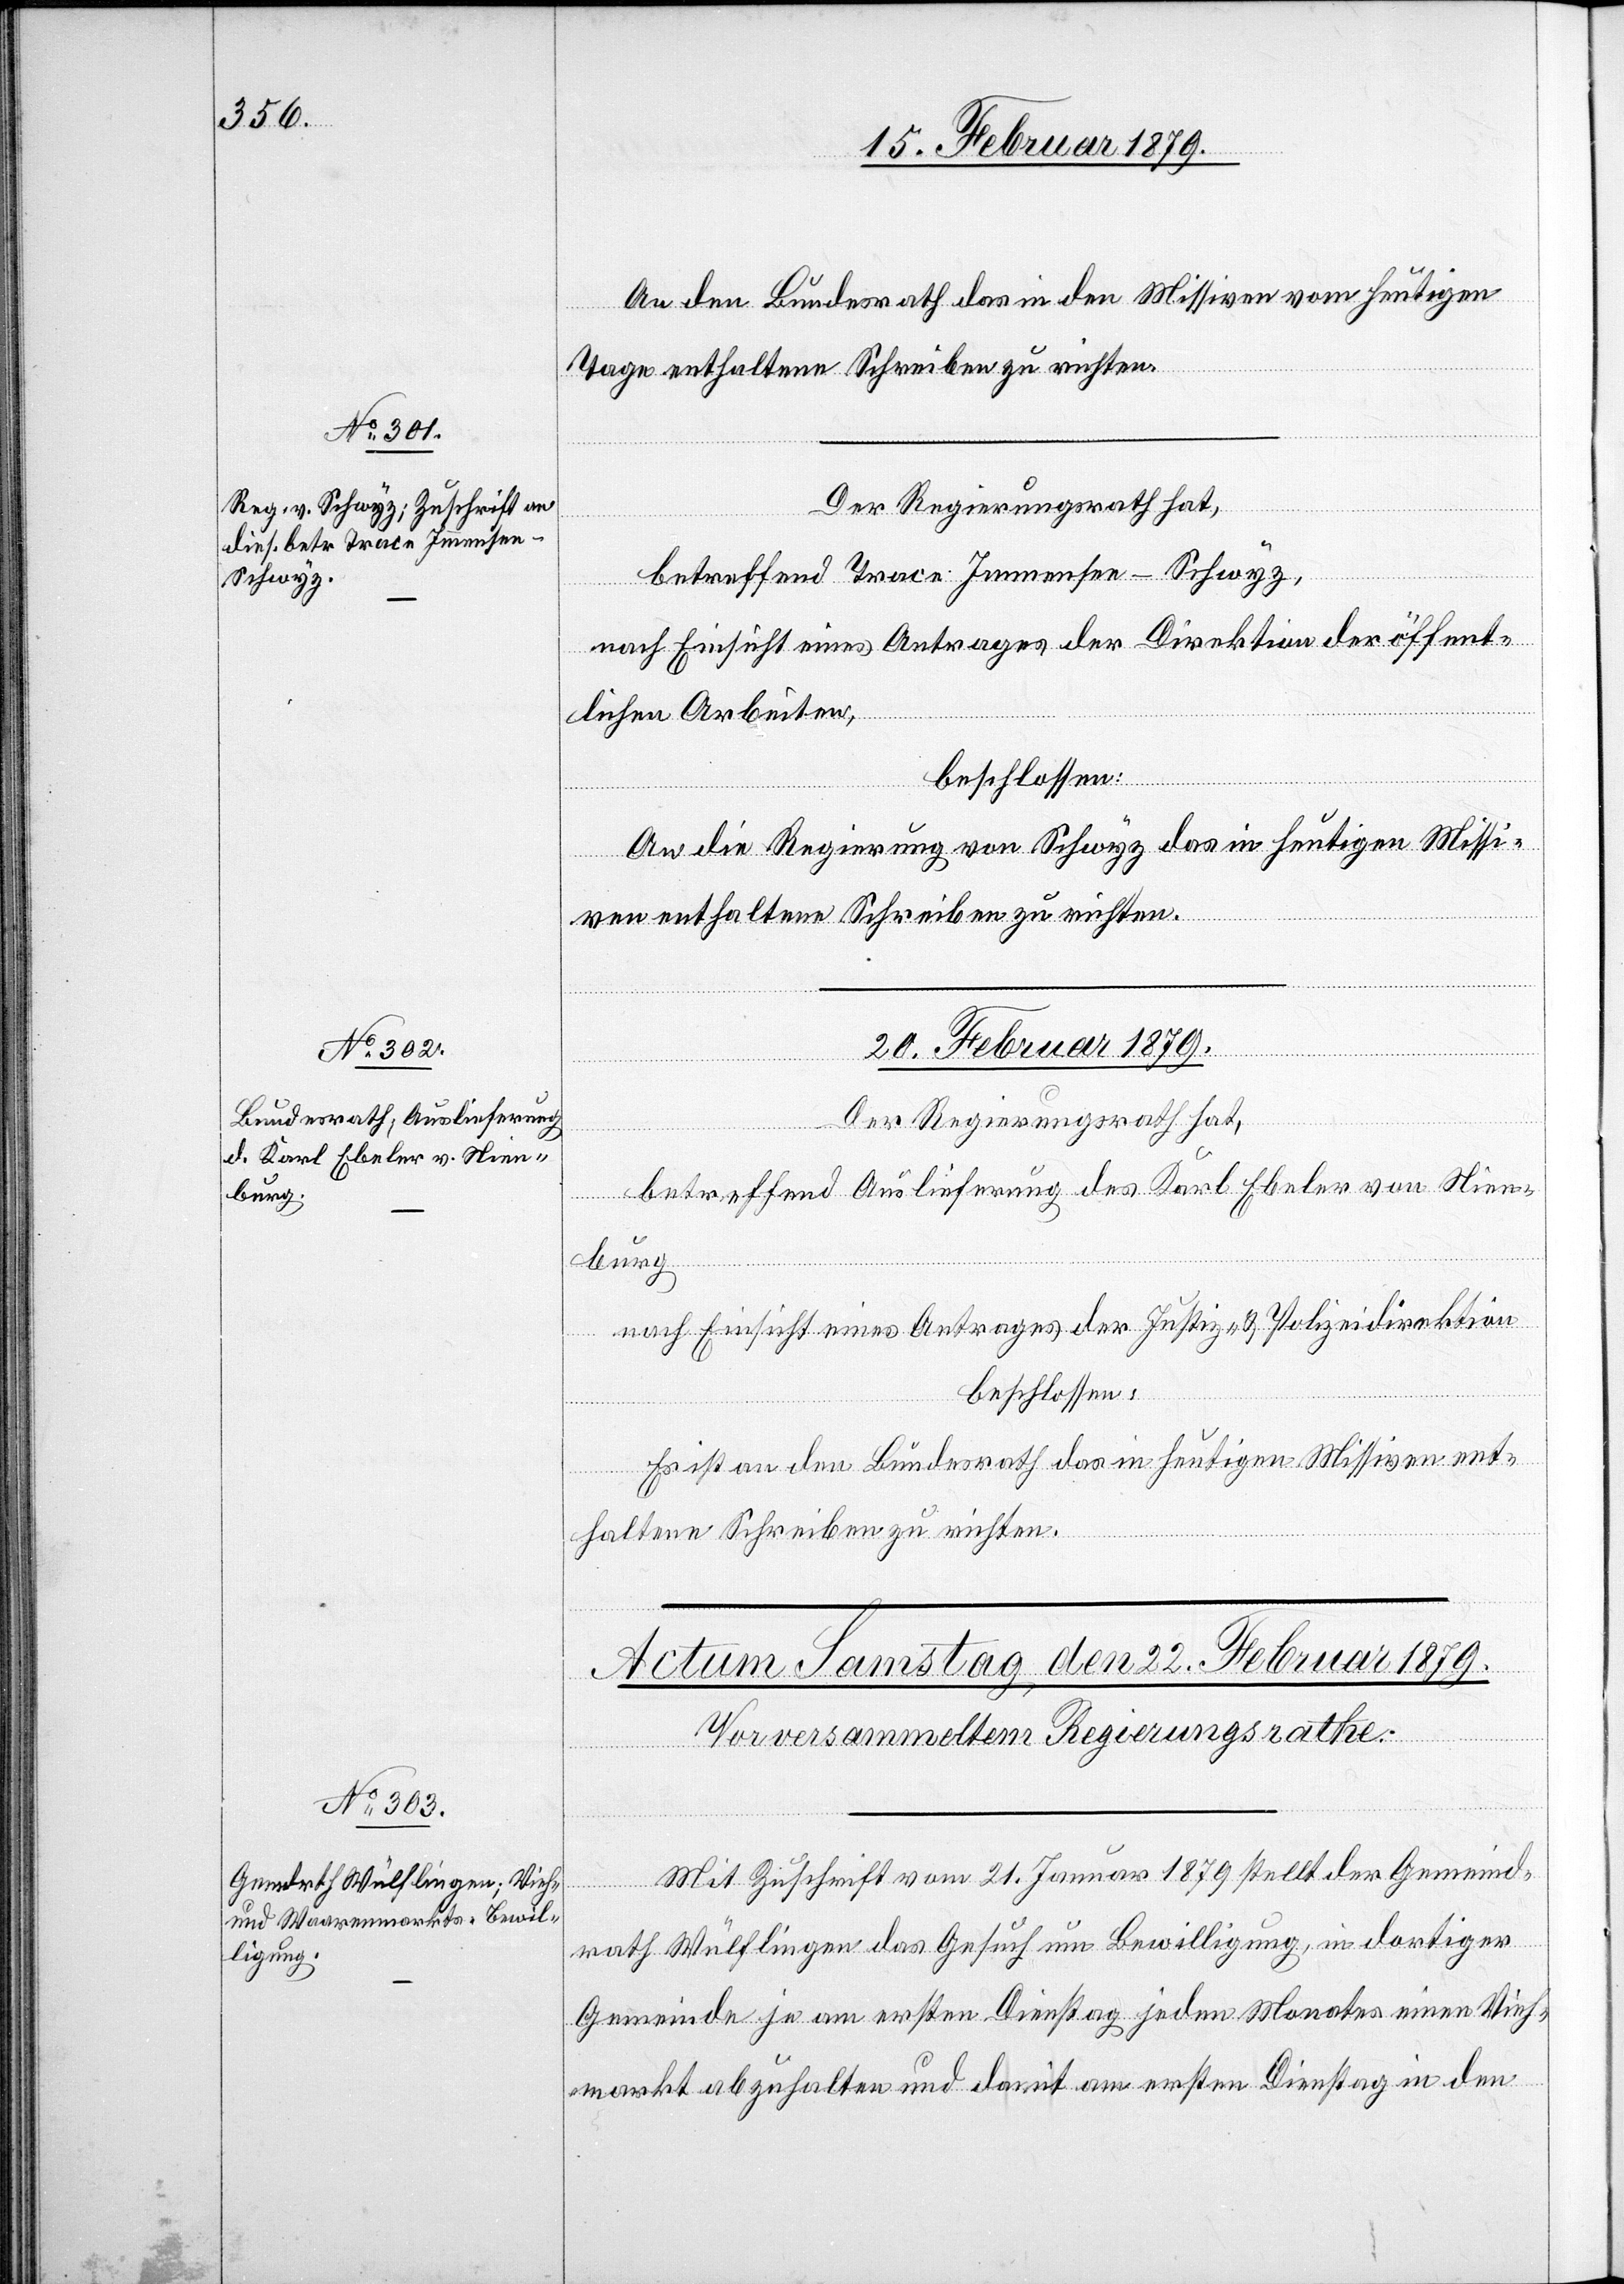
19. Februar 1879.]
An den Bundesrath das in den Missiven vom heutigen
Tage enthaltene Schreiben zu richten.
Der Regierungsrath hat,
betreffend Trace Immensee–Schwyz,
nach Einsicht eines Antrages der Direktion der öffent¬
lichen Arbeiten,
beschlossen:
An die Regierung von Schwyz das in [den] heutigen Missi¬
ven enthaltene Schreiben zu richten.
20. Februar 1879.
Der Regierungsrath hat,
betreffend Auslieferung des Karl Ebeler von Nien¬
burg,
nach Einsicht eines Antrages der Justiz- & Polizeidirektion
beschlossen:
Es ist an den Bundesrath das in den heutigen Missiven ent¬
haltene Schreiben zu richten.
Mit Zuschrift vom 21. Januar 1879 stellt der Gemeind¬
rath Wülflingen das Gesuch um Bewilligung, in dortiger
Gemeinde je am ersten Dienstag jeden Monates einen Vieh¬
markt abzuhalten und damit am ersten Dienstag in den